Document type: Sale
Year: 1435
Scribe: Pere Soler
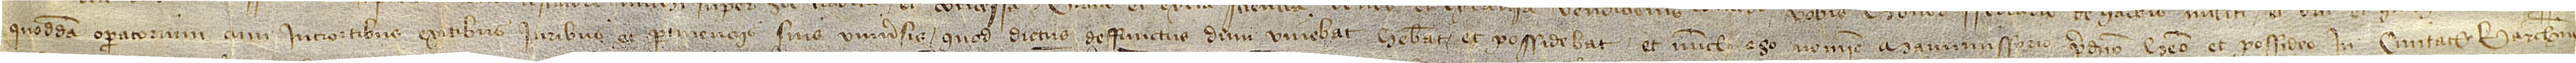
quoddam operatorium, cum introitibus, exitibus, iuribus et pertinenciis suis universis, quod dictus deffunctus dum vivebat habebat et possidebat et nunch ego nomine manumissorio predicto habeo et possideo in civitate Barchinone,